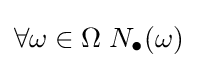
\forall \omega \in \Omega \;N_{\bullet }(\omega )